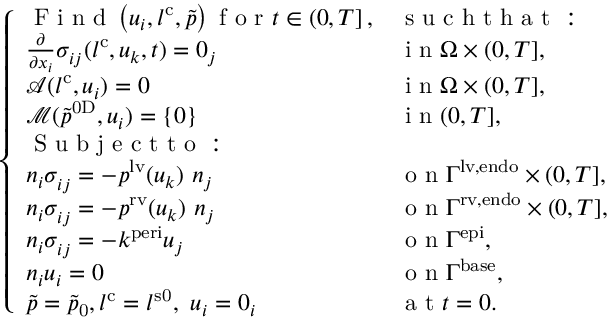
\left\{ \begin{array} { l l } { \mathrm { ~ F ~ i ~ n ~ d ~ } \left( u _ { i } , l ^ { \mathrm { { c } } } , \tilde { p } \right) \mathrm { ~ f ~ o ~ r ~ } t \in \left( 0 , T \right] , } & { \mathrm { ~ s ~ u ~ c ~ h ~ t ~ h ~ a ~ t ~ : ~ } } \\ { \frac { \partial } { \partial x _ { i } } \sigma _ { i j } ^ { \phantom { } } ( l ^ { \mathrm { { c } } } , u _ { k } , t ) = 0 _ { j } } & { \mathrm { ~ i ~ n ~ } \Omega \times ( 0 , T ] , } \\ { \mathcal { A } ( l ^ { \mathrm { { c } } } , u _ { i } ) = 0 } & { \mathrm { ~ i ~ n ~ } \Omega \times ( 0 , T ] , } \\ { \mathcal { M } ( \tilde { p } ^ { \mathrm { 0 D } } , u _ { i } ) = \left\{ 0 \right\} } & { \mathrm { ~ i ~ n ~ } ( 0 , T ] , } \\ { \mathrm { ~ S ~ u ~ b ~ j ~ e ~ c ~ t ~ t ~ o ~ : ~ } } & { } \\ { n _ { i } \sigma _ { i j } ^ { \phantom { } } = - p ^ { \mathrm { l v } } ( u _ { k } ) \ n _ { j } } & { \mathrm { ~ o ~ n ~ } \Gamma ^ { \mathrm { l v , e n d o } } \times ( 0 , T ] , } \\ { n _ { i } \sigma _ { i j } ^ { \phantom { } } = - p ^ { \mathrm { r v } } ( u _ { k } ) \ n _ { j } } & { \mathrm { ~ o ~ n ~ } \Gamma ^ { \mathrm { r v , e n d o } } \times ( 0 , T ] , } \\ { n _ { i } \sigma _ { i j } ^ { \phantom { } } = - k ^ { \mathrm { p e r i } } u _ { j } } & { \mathrm { ~ o ~ n ~ } \Gamma ^ { \mathrm { e p i } } , } \\ { n _ { i } u _ { i } = 0 } & { \mathrm { ~ o ~ n ~ } \Gamma ^ { \mathrm { b a s e } } , } \\ { \tilde { p } = \tilde { p } _ { \mathrm { 0 } } , l ^ { \mathrm { { c } } } = l ^ { \mathrm { { s 0 } } } , \ u _ { i } = 0 _ { i } } & { \mathrm { ~ a ~ t ~ } t = 0 . } \end{array} \right.